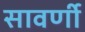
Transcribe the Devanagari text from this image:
सावर्णी